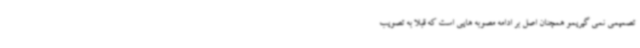
تصمیمی نمی گیریمو همچنان اصل بر ادامه مصوبه هایی است که قبلا به تصویب